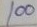
100